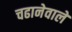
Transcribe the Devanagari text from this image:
चढानेवाले